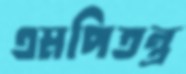
এমপিতন্ত্র